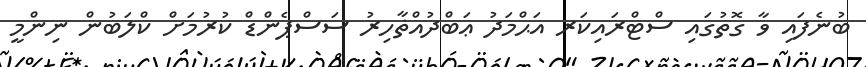
ބުނެފައި ވާ ގޮތުގައި ސްޓްރައިކަރ އަޙްމަދު ޢަބްދުއްޡާހިރު ސަސްޕެންޑް ކުރުމަށް ކްލަބުން ނިންމީ